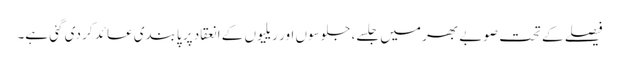
فیصلے کے تحت صوبے بھر میں جلسے، جلوسوں اور ریلیوں کے انعقاد پر پابندی عائد کر دی گئی ہے۔